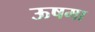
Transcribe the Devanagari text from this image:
ऊषमा